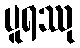
ပူရဿု